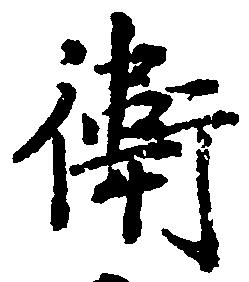
衛